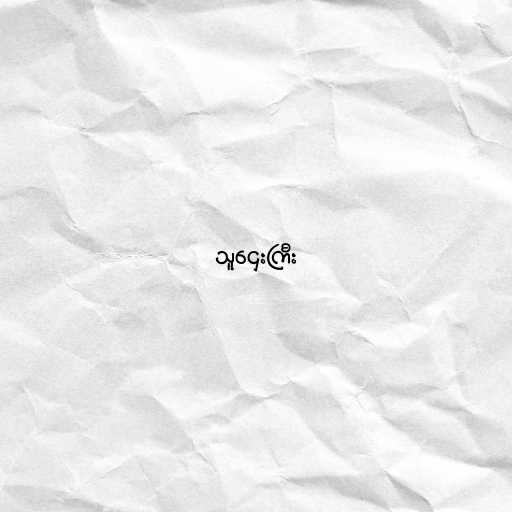
သူဌေးကြီး